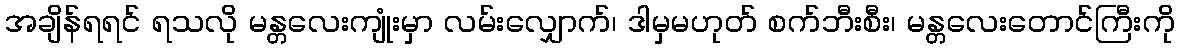
အချိန်ရရင် ရသလို မန္တလေးကျုံးမှာ လမ်းလျှောက်၊ ဒါမှမဟုတ် စက်ဘီးစီး၊ မန္တလေးတောင်ကြီးကို